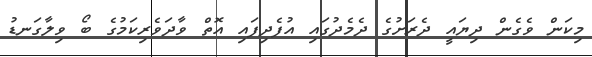
މިކަން ވެގެން ދިޔައީ ދެރަށުގެ ދެމެދުގައި އުފެދިފައި އޮތް ވާދަވެރިކަމުގެ ބޯ ވިލާގަނޑު